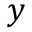
y